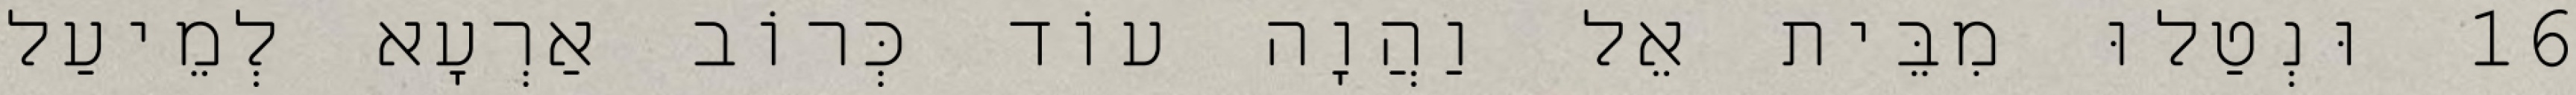
16 וּנְטַלוּ מִבֵּית אֵל וַהֲוָה עוֹד כְּרוֹב אַרְעָא לְמֵיעַל